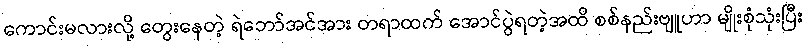
ကောင်းမလားလို့ တွေးနေတဲ့ ရဲဘော်အင်အား တရာထက် အောင်ပွဲရတဲ့အထိ စစ်နည်းဗျူဟာ မျိုးစုံသုံးပြီး